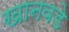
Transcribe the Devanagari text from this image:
खानवडे